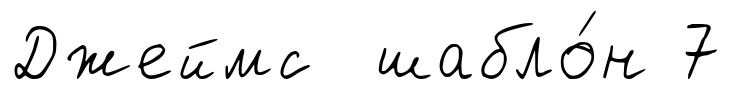
Джеймс шабло́н 7